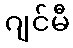
ဂျင်မီ